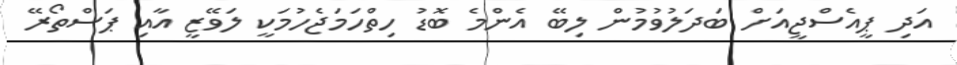
އަދި ޕީއެސްޖީއަށް ބަދަލުވުމުން ލިބޭ އެންމެ ބޮޑު ހިތްހަމަޖެހުމަކީ ލަވޭޒީ އާއި ޕަސްތޯރޭ